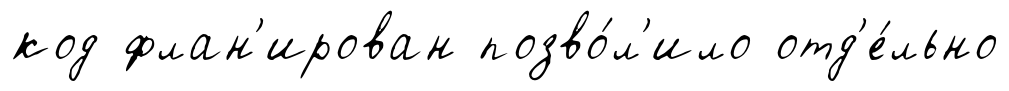
код флан'ирован позво́л'ило отд'е́льно